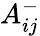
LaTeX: A_{ij}^{-}